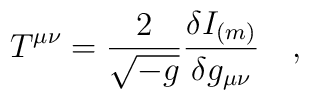
T^{\mu\nu}={2 \over \sqrt{-g}}{\delta I_{(m)} \over \delta g_{\mu\nu}}~~~,